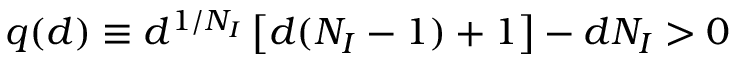
q ( d ) \equiv d ^ { 1 / N _ { I } } \left[ d ( N _ { I } - 1 ) + 1 \right] - d N _ { I } > 0